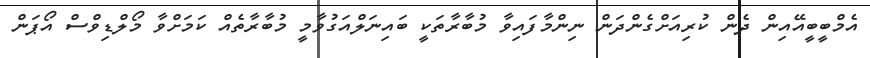
އެމްބީބީއޭއިން ދެން ކުރިއަށްގެންދަން ނިންމާފައިވާ މުބާރާތަކީ ބައިނަލްއަގުވާމީ މުބާރާތެއް ކަމަށްވާ މޯލްޑިވްސް އޯޕަން